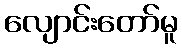
လျောင်းတော်မူ